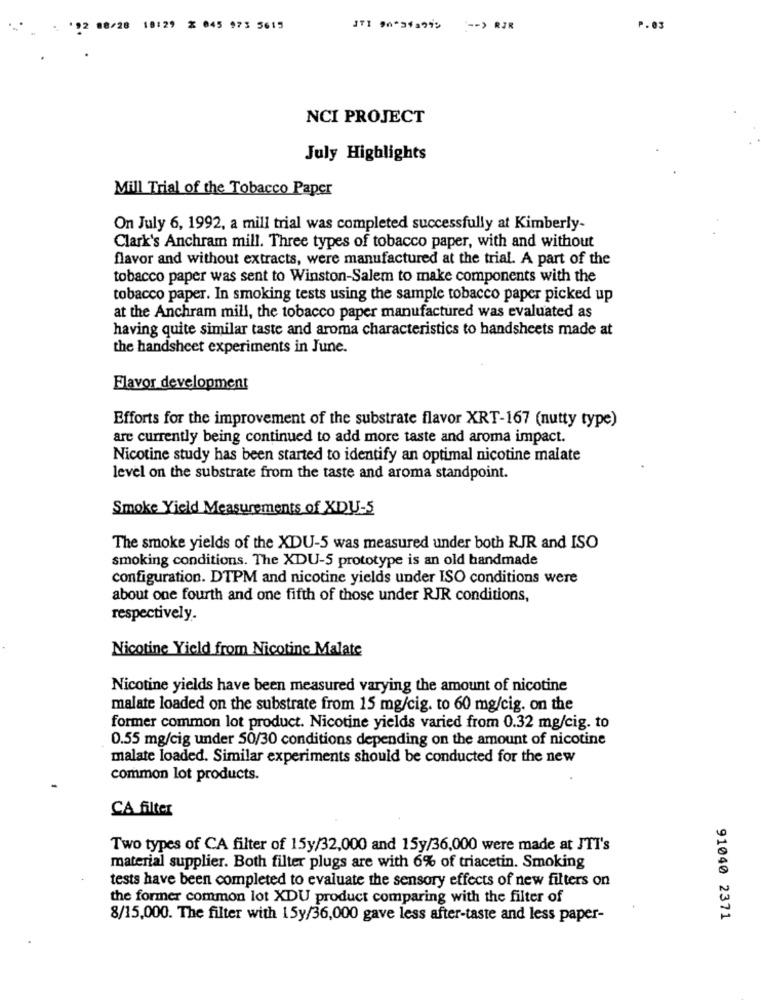
12 88/28 18:29 % 045 973 5615
STI 90-34194% -- > RIR
P.03
NCI PROJECT
July Highlights
Mill Trial of the Tobacco Paper
On July 6, 1992, a mill trial was completed successfully at Kimberly-
Clark's Anchram mill. Three types of tobacco paper, with and without
flavor and without extracts, were manufactured at the trial. A part of the
tobacco paper was sent to Winston-Salem to make components with the
tobacco paper. In smoking tests using the sample tobacco paper picked up
at the Anchram mill, the tobacco paper manufactured was evaluated as
having quite similar taste and aroma characteristics to handsheets made at
the handsheet experiments in June.
Flavor development
Efforts for the improvement of the substrate flavor XRT-167 (nutty type)
are currently being continued to add more taste and aroma impact.
Nicotine study has been started to identify an optimal nicotine malate
level on the substrate from the taste and aroma standpoint.
Smoke Yield Measurements of XDU-5
The smoke yields of the XDU-5 was measured under both RJR and ISO
smoking conditions. The XDU-5 prototype is an old handmade
configuration. DTPM and nicotine yields under ISO conditions were
about one fourth and one fifth of those under RJR conditions,
respectively.
Nicotine Yield from Nicotine Malate
Nicotine yields have been measured varying the amount of nicotine
malate loaded on the substrate from 15 mg/cig. to 60 mg/cig. on the
former common lot product. Nicotine yields varied from 0.32 mg/cig. to
0.55 mg/cig under 50/30 conditions depending on the amount of nicotine
malate loaded. Similar experiments should be conducted for the new
common lot products.
CA filter
Two types of CA filter of 15y/32,000 and 15y/36,000 were made at JTT's
material supplier. Both filter plugs are with 6% of triacetin. Smoking
tests have been completed to evaluate the sensory effects of new filters on
the former common lot XDU product comparing with the filter of
8/15,000. The filter with 15y/36,000 gave less after-taste and less paper-
91040 2371